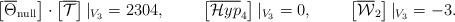
LaTeX: \begin{align*}\left[\overline{\Theta}_{\rm null}\right] \cdot \left[\overline{\mathcal{T}}\right] |_{V_3} &= 2304, & \left[\overline{\mathcal{H}yp}_4 \right] |_{V_3} &= 0, & \left[\overline{\mathcal{W}}_2\right] |_{V_3} &=-3.\end{align*}